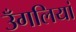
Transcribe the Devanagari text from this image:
उँगलियां